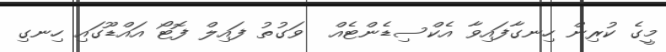
މީގެ ކުރިން ހިނގާފައިވާ އެކްސިޑެންޓެއް  ވަގުތު ފައިލް ފޮޓޯ އައްޑޫގައި ހިނގި